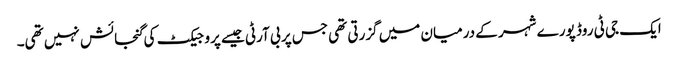
ایک جی ٹی روڈ پورے شہر کے درمیان میں گزرتی تھی جس پر بی آرٹی جیسے پروجیکٹ کی گنجائش نہیں تھی۔